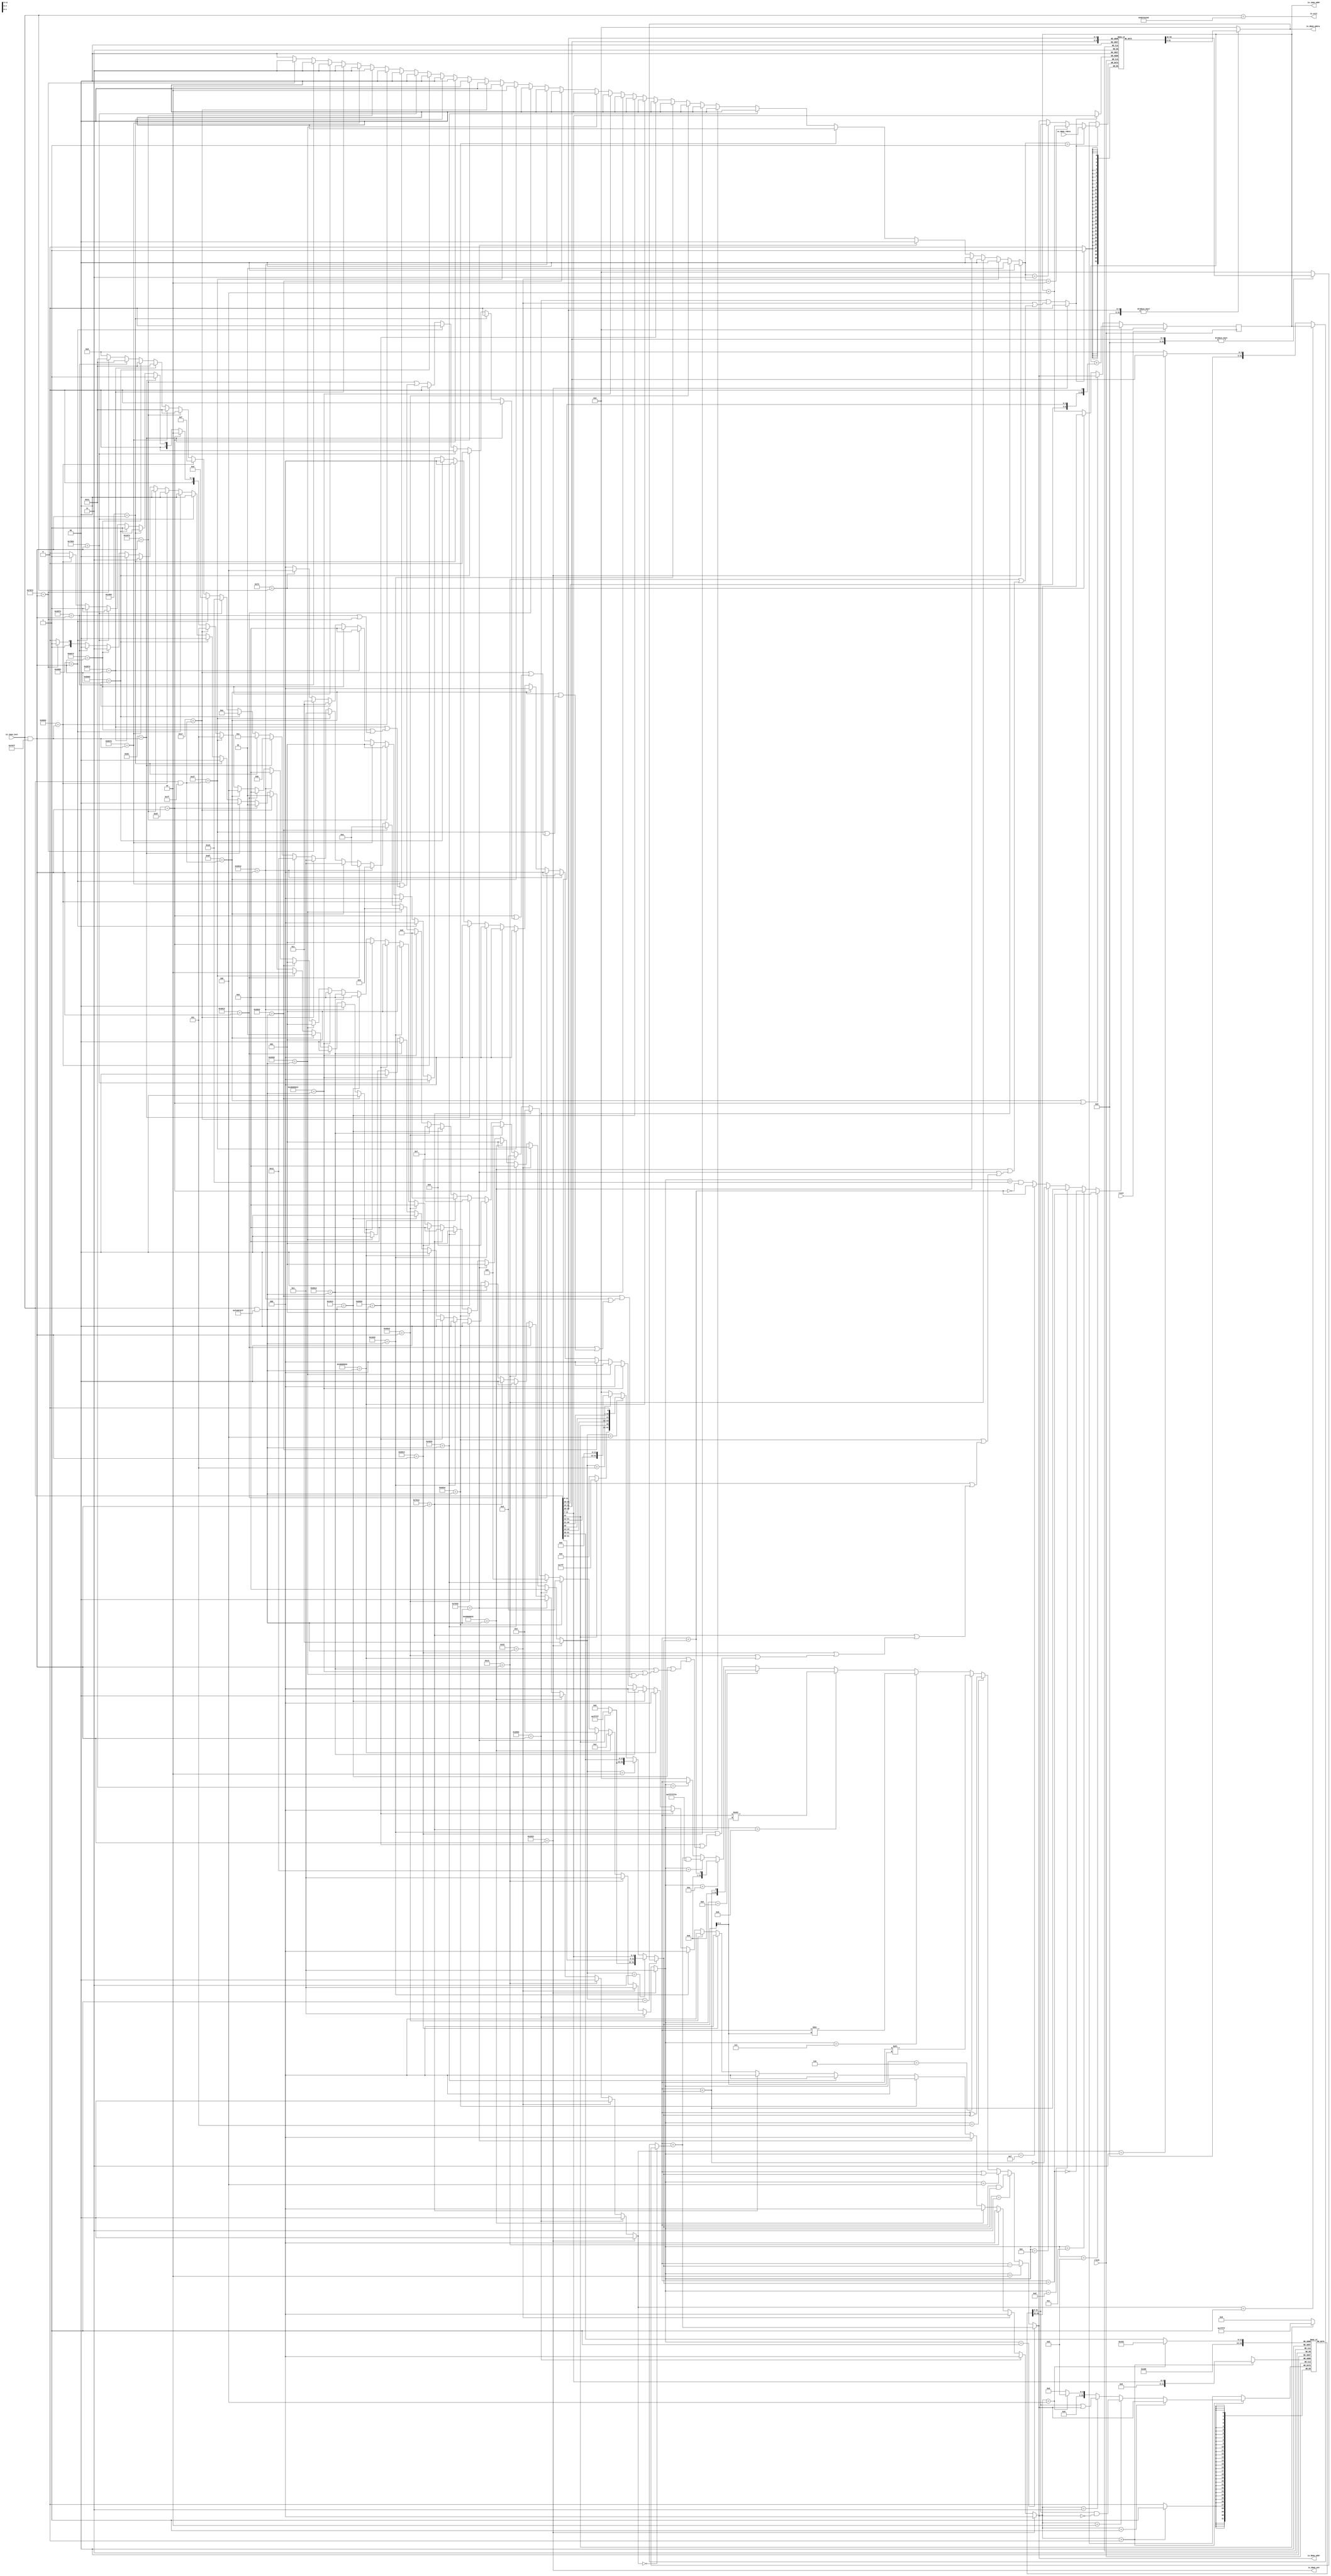
module Core(
  input         clock,
  input         reset,
  output [31:0] io_dmem_addr,
  input  [31:0] io_dmem_rdata,
  output        io_dmem_wen,
  output [31:0] io_dmem_wdata,
  output [31:0] io_imem_addr,
  input  [31:0] io_imem_inst,
  output        io_exit
);
`ifdef RANDOMIZE_MEM_INIT
  reg [31:0] _RAND_0;
  reg [31:0] _RAND_1;
`endif // RANDOMIZE_MEM_INIT
`ifdef RANDOMIZE_REG_INIT
  reg [31:0] _RAND_2;
`endif // RANDOMIZE_REG_INIT
  reg [31:0] regfile [0:31]; // @[Core.scala 15:22]
  wire  regfile_rs1_data_MPORT_en; // @[Core.scala 15:22]
  wire [4:0] regfile_rs1_data_MPORT_addr; // @[Core.scala 15:22]
  wire [31:0] regfile_rs1_data_MPORT_data; // @[Core.scala 15:22]
  wire  regfile_rs2_data_MPORT_en; // @[Core.scala 15:22]
  wire [4:0] regfile_rs2_data_MPORT_addr; // @[Core.scala 15:22]
  wire [31:0] regfile_rs2_data_MPORT_data; // @[Core.scala 15:22]
  wire [31:0] regfile_MPORT_1_data; // @[Core.scala 15:22]
  wire [4:0] regfile_MPORT_1_addr; // @[Core.scala 15:22]
  wire  regfile_MPORT_1_mask; // @[Core.scala 15:22]
  wire  regfile_MPORT_1_en; // @[Core.scala 15:22]
  reg [31:0] csrfile [0:4095]; // @[Core.scala 16:22]
  wire  csrfile_pc_next_MPORT_en; // @[Core.scala 16:22]
  wire [11:0] csrfile_pc_next_MPORT_addr; // @[Core.scala 16:22]
  wire [31:0] csrfile_pc_next_MPORT_data; // @[Core.scala 16:22]
  wire  csrfile_csr_rdata_en; // @[Core.scala 16:22]
  wire [11:0] csrfile_csr_rdata_addr; // @[Core.scala 16:22]
  wire [31:0] csrfile_csr_rdata_data; // @[Core.scala 16:22]
  wire [31:0] csrfile_MPORT_data; // @[Core.scala 16:22]
  wire [11:0] csrfile_MPORT_addr; // @[Core.scala 16:22]
  wire  csrfile_MPORT_mask; // @[Core.scala 16:22]
  wire  csrfile_MPORT_en; // @[Core.scala 16:22]
  reg [31:0] pc_reg; // @[Core.scala 19:25]
  wire [31:0] _pc_next_T_1 = pc_reg + 32'h4; // @[Core.scala 31:33]
  wire [31:0] _pc_next_T_2 = io_imem_inst & 32'h7f; // @[Core.scala 34:15]
  wire  _pc_next_T_3 = 32'h6f == _pc_next_T_2; // @[Core.scala 34:15]
  wire [31:0] _pc_next_T_4 = io_imem_inst & 32'h707f; // @[Core.scala 34:29]
  wire  _pc_next_T_5 = 32'h67 == _pc_next_T_4; // @[Core.scala 34:29]
  wire  _pc_next_T_6 = 32'h6f == _pc_next_T_2 | 32'h67 == _pc_next_T_4; // @[Core.scala 34:22]
  wire  _pc_next_T_8 = 32'h73 == io_imem_inst; // @[Core.scala 35:15]
  wire  csignals_3 = 32'h2023 == _pc_next_T_4; // @[Lookup.scala 31:38]
  wire  _csignals_T_3 = 32'h2003 == _pc_next_T_4; // @[Lookup.scala 31:38]
  wire [31:0] _csignals_T_4 = io_imem_inst & 32'hfe00707f; // @[Lookup.scala 31:38]
  wire  _csignals_T_5 = 32'h33 == _csignals_T_4; // @[Lookup.scala 31:38]
  wire  _csignals_T_7 = 32'h13 == _pc_next_T_4; // @[Lookup.scala 31:38]
  wire  _csignals_T_9 = 32'h40000033 == _csignals_T_4; // @[Lookup.scala 31:38]
  wire  _csignals_T_11 = 32'h7033 == _csignals_T_4; // @[Lookup.scala 31:38]
  wire  _csignals_T_13 = 32'h6033 == _csignals_T_4; // @[Lookup.scala 31:38]
  wire  _csignals_T_15 = 32'h4033 == _csignals_T_4; // @[Lookup.scala 31:38]
  wire  _csignals_T_17 = 32'h7013 == _pc_next_T_4; // @[Lookup.scala 31:38]
  wire  _csignals_T_19 = 32'h6013 == _pc_next_T_4; // @[Lookup.scala 31:38]
  wire  _csignals_T_21 = 32'h4013 == _pc_next_T_4; // @[Lookup.scala 31:38]
  wire  _csignals_T_23 = 32'h1033 == _csignals_T_4; // @[Lookup.scala 31:38]
  wire  _csignals_T_25 = 32'h5033 == _csignals_T_4; // @[Lookup.scala 31:38]
  wire  _csignals_T_27 = 32'h40005033 == _csignals_T_4; // @[Lookup.scala 31:38]
  wire  _csignals_T_29 = 32'h1013 == _csignals_T_4; // @[Lookup.scala 31:38]
  wire  _csignals_T_31 = 32'h5013 == _csignals_T_4; // @[Lookup.scala 31:38]
  wire  _csignals_T_33 = 32'h40005013 == _csignals_T_4; // @[Lookup.scala 31:38]
  wire  _csignals_T_35 = 32'h2033 == _csignals_T_4; // @[Lookup.scala 31:38]
  wire  _csignals_T_37 = 32'h3033 == _csignals_T_4; // @[Lookup.scala 31:38]
  wire  _csignals_T_39 = 32'h2013 == _pc_next_T_4; // @[Lookup.scala 31:38]
  wire  _csignals_T_41 = 32'h3013 == _pc_next_T_4; // @[Lookup.scala 31:38]
  wire  _csignals_T_45 = 32'h37 == _pc_next_T_2; // @[Lookup.scala 31:38]
  wire  _csignals_T_47 = 32'h17 == _pc_next_T_2; // @[Lookup.scala 31:38]
  wire  _csignals_T_51 = 32'h63 == _pc_next_T_4; // @[Lookup.scala 31:38]
  wire  _csignals_T_53 = 32'h1063 == _pc_next_T_4; // @[Lookup.scala 31:38]
  wire  _csignals_T_55 = 32'h5063 == _pc_next_T_4; // @[Lookup.scala 31:38]
  wire  _csignals_T_57 = 32'h7063 == _pc_next_T_4; // @[Lookup.scala 31:38]
  wire  _csignals_T_59 = 32'h4063 == _pc_next_T_4; // @[Lookup.scala 31:38]
  wire  _csignals_T_61 = 32'h6063 == _pc_next_T_4; // @[Lookup.scala 31:38]
  wire  _csignals_T_63 = 32'h1073 == _pc_next_T_4; // @[Lookup.scala 31:38]
  wire  _csignals_T_65 = 32'h5073 == _pc_next_T_4; // @[Lookup.scala 31:38]
  wire  _csignals_T_67 = 32'h2073 == _pc_next_T_4; // @[Lookup.scala 31:38]
  wire  _csignals_T_69 = 32'h6073 == _pc_next_T_4; // @[Lookup.scala 31:38]
  wire  _csignals_T_71 = 32'h3073 == _pc_next_T_4; // @[Lookup.scala 31:38]
  wire  _csignals_T_73 = 32'h7073 == _pc_next_T_4; // @[Lookup.scala 31:38]
  wire [4:0] _csignals_T_77 = _csignals_T_73 ? 5'h12 : 5'h0; // @[Lookup.scala 34:39]
  wire [4:0] _csignals_T_78 = _csignals_T_71 ? 5'h12 : _csignals_T_77; // @[Lookup.scala 34:39]
  wire [4:0] _csignals_T_79 = _csignals_T_69 ? 5'h12 : _csignals_T_78; // @[Lookup.scala 34:39]
  wire [4:0] _csignals_T_80 = _csignals_T_67 ? 5'h12 : _csignals_T_79; // @[Lookup.scala 34:39]
  wire [4:0] _csignals_T_81 = _csignals_T_65 ? 5'h12 : _csignals_T_80; // @[Lookup.scala 34:39]
  wire [4:0] _csignals_T_82 = _csignals_T_63 ? 5'h12 : _csignals_T_81; // @[Lookup.scala 34:39]
  wire [4:0] _csignals_T_83 = _csignals_T_61 ? 5'hf : _csignals_T_82; // @[Lookup.scala 34:39]
  wire [4:0] _csignals_T_84 = _csignals_T_59 ? 5'hd : _csignals_T_83; // @[Lookup.scala 34:39]
  wire [4:0] _csignals_T_85 = _csignals_T_57 ? 5'h10 : _csignals_T_84; // @[Lookup.scala 34:39]
  wire [4:0] _csignals_T_86 = _csignals_T_55 ? 5'he : _csignals_T_85; // @[Lookup.scala 34:39]
  wire [4:0] _csignals_T_87 = _csignals_T_53 ? 5'hc : _csignals_T_86; // @[Lookup.scala 34:39]
  wire [4:0] _csignals_T_88 = _csignals_T_51 ? 5'hb : _csignals_T_87; // @[Lookup.scala 34:39]
  wire [4:0] _csignals_T_89 = _pc_next_T_5 ? 5'h11 : _csignals_T_88; // @[Lookup.scala 34:39]
  wire [4:0] _csignals_T_90 = _csignals_T_47 ? 5'h1 : _csignals_T_89; // @[Lookup.scala 34:39]
  wire [4:0] _csignals_T_91 = _csignals_T_45 ? 5'h1 : _csignals_T_90; // @[Lookup.scala 34:39]
  wire [4:0] _csignals_T_92 = _pc_next_T_3 ? 5'h1 : _csignals_T_91; // @[Lookup.scala 34:39]
  wire [4:0] _csignals_T_93 = _csignals_T_41 ? 5'ha : _csignals_T_92; // @[Lookup.scala 34:39]
  wire [4:0] _csignals_T_94 = _csignals_T_39 ? 5'h9 : _csignals_T_93; // @[Lookup.scala 34:39]
  wire [4:0] _csignals_T_95 = _csignals_T_37 ? 5'ha : _csignals_T_94; // @[Lookup.scala 34:39]
  wire [4:0] _csignals_T_96 = _csignals_T_35 ? 5'h9 : _csignals_T_95; // @[Lookup.scala 34:39]
  wire [4:0] _csignals_T_97 = _csignals_T_33 ? 5'h8 : _csignals_T_96; // @[Lookup.scala 34:39]
  wire [4:0] _csignals_T_98 = _csignals_T_31 ? 5'h7 : _csignals_T_97; // @[Lookup.scala 34:39]
  wire [4:0] _csignals_T_99 = _csignals_T_29 ? 5'h6 : _csignals_T_98; // @[Lookup.scala 34:39]
  wire [4:0] _csignals_T_100 = _csignals_T_27 ? 5'h8 : _csignals_T_99; // @[Lookup.scala 34:39]
  wire [4:0] _csignals_T_101 = _csignals_T_25 ? 5'h7 : _csignals_T_100; // @[Lookup.scala 34:39]
  wire [4:0] _csignals_T_102 = _csignals_T_23 ? 5'h6 : _csignals_T_101; // @[Lookup.scala 34:39]
  wire [4:0] _csignals_T_103 = _csignals_T_21 ? 5'h5 : _csignals_T_102; // @[Lookup.scala 34:39]
  wire [4:0] _csignals_T_104 = _csignals_T_19 ? 5'h4 : _csignals_T_103; // @[Lookup.scala 34:39]
  wire [4:0] _csignals_T_105 = _csignals_T_17 ? 5'h3 : _csignals_T_104; // @[Lookup.scala 34:39]
  wire [4:0] _csignals_T_106 = _csignals_T_15 ? 5'h5 : _csignals_T_105; // @[Lookup.scala 34:39]
  wire [4:0] _csignals_T_107 = _csignals_T_13 ? 5'h4 : _csignals_T_106; // @[Lookup.scala 34:39]
  wire [4:0] _csignals_T_108 = _csignals_T_11 ? 5'h3 : _csignals_T_107; // @[Lookup.scala 34:39]
  wire [4:0] _csignals_T_109 = _csignals_T_9 ? 5'h2 : _csignals_T_108; // @[Lookup.scala 34:39]
  wire [4:0] _csignals_T_110 = _csignals_T_7 ? 5'h1 : _csignals_T_109; // @[Lookup.scala 34:39]
  wire [4:0] _csignals_T_111 = _csignals_T_5 ? 5'h1 : _csignals_T_110; // @[Lookup.scala 34:39]
  wire [4:0] _csignals_T_112 = _csignals_T_3 ? 5'h1 : _csignals_T_111; // @[Lookup.scala 34:39]
  wire [4:0] csignals_0 = csignals_3 ? 5'h1 : _csignals_T_112; // @[Lookup.scala 34:39]
  wire  _alu_out_T = csignals_0 == 5'h1; // @[Core.scala 136:22]
  wire [1:0] _csignals_T_114 = _csignals_T_73 ? 2'h3 : 2'h2; // @[Lookup.scala 34:39]
  wire [1:0] _csignals_T_115 = _csignals_T_71 ? 2'h0 : _csignals_T_114; // @[Lookup.scala 34:39]
  wire [1:0] _csignals_T_116 = _csignals_T_69 ? 2'h3 : _csignals_T_115; // @[Lookup.scala 34:39]
  wire [1:0] _csignals_T_117 = _csignals_T_67 ? 2'h0 : _csignals_T_116; // @[Lookup.scala 34:39]
  wire [1:0] _csignals_T_118 = _csignals_T_65 ? 2'h3 : _csignals_T_117; // @[Lookup.scala 34:39]
  wire [1:0] _csignals_T_119 = _csignals_T_63 ? 2'h0 : _csignals_T_118; // @[Lookup.scala 34:39]
  wire [1:0] _csignals_T_120 = _csignals_T_61 ? 2'h0 : _csignals_T_119; // @[Lookup.scala 34:39]
  wire [1:0] _csignals_T_121 = _csignals_T_59 ? 2'h0 : _csignals_T_120; // @[Lookup.scala 34:39]
  wire [1:0] _csignals_T_122 = _csignals_T_57 ? 2'h0 : _csignals_T_121; // @[Lookup.scala 34:39]
  wire [1:0] _csignals_T_123 = _csignals_T_55 ? 2'h0 : _csignals_T_122; // @[Lookup.scala 34:39]
  wire [1:0] _csignals_T_124 = _csignals_T_53 ? 2'h0 : _csignals_T_123; // @[Lookup.scala 34:39]
  wire [1:0] _csignals_T_125 = _csignals_T_51 ? 2'h0 : _csignals_T_124; // @[Lookup.scala 34:39]
  wire [1:0] _csignals_T_126 = _pc_next_T_5 ? 2'h1 : _csignals_T_125; // @[Lookup.scala 34:39]
  wire [1:0] _csignals_T_127 = _csignals_T_47 ? 2'h1 : _csignals_T_126; // @[Lookup.scala 34:39]
  wire [1:0] _csignals_T_128 = _csignals_T_45 ? 2'h2 : _csignals_T_127; // @[Lookup.scala 34:39]
  wire [1:0] _csignals_T_129 = _pc_next_T_3 ? 2'h1 : _csignals_T_128; // @[Lookup.scala 34:39]
  wire [1:0] _csignals_T_130 = _csignals_T_41 ? 2'h0 : _csignals_T_129; // @[Lookup.scala 34:39]
  wire [1:0] _csignals_T_131 = _csignals_T_39 ? 2'h0 : _csignals_T_130; // @[Lookup.scala 34:39]
  wire [1:0] _csignals_T_132 = _csignals_T_37 ? 2'h0 : _csignals_T_131; // @[Lookup.scala 34:39]
  wire [1:0] _csignals_T_133 = _csignals_T_35 ? 2'h0 : _csignals_T_132; // @[Lookup.scala 34:39]
  wire [1:0] _csignals_T_134 = _csignals_T_33 ? 2'h0 : _csignals_T_133; // @[Lookup.scala 34:39]
  wire [1:0] _csignals_T_135 = _csignals_T_31 ? 2'h0 : _csignals_T_134; // @[Lookup.scala 34:39]
  wire [1:0] _csignals_T_136 = _csignals_T_29 ? 2'h0 : _csignals_T_135; // @[Lookup.scala 34:39]
  wire [1:0] _csignals_T_137 = _csignals_T_27 ? 2'h0 : _csignals_T_136; // @[Lookup.scala 34:39]
  wire [1:0] _csignals_T_138 = _csignals_T_25 ? 2'h0 : _csignals_T_137; // @[Lookup.scala 34:39]
  wire [1:0] _csignals_T_139 = _csignals_T_23 ? 2'h0 : _csignals_T_138; // @[Lookup.scala 34:39]
  wire [1:0] _csignals_T_140 = _csignals_T_21 ? 2'h0 : _csignals_T_139; // @[Lookup.scala 34:39]
  wire [1:0] _csignals_T_141 = _csignals_T_19 ? 2'h0 : _csignals_T_140; // @[Lookup.scala 34:39]
  wire [1:0] _csignals_T_142 = _csignals_T_17 ? 2'h0 : _csignals_T_141; // @[Lookup.scala 34:39]
  wire [1:0] _csignals_T_143 = _csignals_T_15 ? 2'h0 : _csignals_T_142; // @[Lookup.scala 34:39]
  wire [1:0] _csignals_T_144 = _csignals_T_13 ? 2'h0 : _csignals_T_143; // @[Lookup.scala 34:39]
  wire [1:0] _csignals_T_145 = _csignals_T_11 ? 2'h0 : _csignals_T_144; // @[Lookup.scala 34:39]
  wire [1:0] _csignals_T_146 = _csignals_T_9 ? 2'h0 : _csignals_T_145; // @[Lookup.scala 34:39]
  wire [1:0] _csignals_T_147 = _csignals_T_7 ? 2'h0 : _csignals_T_146; // @[Lookup.scala 34:39]
  wire [1:0] _csignals_T_148 = _csignals_T_5 ? 2'h0 : _csignals_T_147; // @[Lookup.scala 34:39]
  wire [1:0] _csignals_T_149 = _csignals_T_3 ? 2'h0 : _csignals_T_148; // @[Lookup.scala 34:39]
  wire [1:0] csignals_1 = csignals_3 ? 2'h0 : _csignals_T_149; // @[Lookup.scala 34:39]
  wire  _op1_data_T = csignals_1 == 2'h0; // @[Core.scala 116:18]
  wire [4:0] rs1_addr = io_imem_inst[19:15]; // @[Core.scala 44:24]
  wire [31:0] _GEN_10 = {{27'd0}, rs1_addr}; // @[Core.scala 46:34]
  wire [31:0] rs1_data = _GEN_10 != 32'h0 ? regfile_rs1_data_MPORT_data : 32'h0; // @[Core.scala 46:23]
  wire  _op1_data_T_1 = csignals_1 == 2'h1; // @[Core.scala 117:18]
  wire  _op1_data_T_2 = csignals_1 == 2'h3; // @[Core.scala 118:18]
  wire [31:0] imm_z_sext = {27'h0,rs1_addr}; // @[Cat.scala 31:58]
  wire [31:0] _op1_data_T_3 = _op1_data_T_2 ? imm_z_sext : 32'h0; // @[Mux.scala 101:16]
  wire [31:0] _op1_data_T_4 = _op1_data_T_1 ? pc_reg : _op1_data_T_3; // @[Mux.scala 101:16]
  wire [31:0] op1_data = _op1_data_T ? rs1_data : _op1_data_T_4; // @[Mux.scala 101:16]
  wire [2:0] _csignals_T_157 = _csignals_T_61 ? 3'h1 : 3'h0; // @[Lookup.scala 34:39]
  wire [2:0] _csignals_T_158 = _csignals_T_59 ? 3'h1 : _csignals_T_157; // @[Lookup.scala 34:39]
  wire [2:0] _csignals_T_159 = _csignals_T_57 ? 3'h1 : _csignals_T_158; // @[Lookup.scala 34:39]
  wire [2:0] _csignals_T_160 = _csignals_T_55 ? 3'h1 : _csignals_T_159; // @[Lookup.scala 34:39]
  wire [2:0] _csignals_T_161 = _csignals_T_53 ? 3'h1 : _csignals_T_160; // @[Lookup.scala 34:39]
  wire [2:0] _csignals_T_162 = _csignals_T_51 ? 3'h1 : _csignals_T_161; // @[Lookup.scala 34:39]
  wire [2:0] _csignals_T_163 = _pc_next_T_5 ? 3'h2 : _csignals_T_162; // @[Lookup.scala 34:39]
  wire [2:0] _csignals_T_164 = _csignals_T_47 ? 3'h5 : _csignals_T_163; // @[Lookup.scala 34:39]
  wire [2:0] _csignals_T_165 = _csignals_T_45 ? 3'h5 : _csignals_T_164; // @[Lookup.scala 34:39]
  wire [2:0] _csignals_T_166 = _pc_next_T_3 ? 3'h4 : _csignals_T_165; // @[Lookup.scala 34:39]
  wire [2:0] _csignals_T_167 = _csignals_T_41 ? 3'h2 : _csignals_T_166; // @[Lookup.scala 34:39]
  wire [2:0] _csignals_T_168 = _csignals_T_39 ? 3'h2 : _csignals_T_167; // @[Lookup.scala 34:39]
  wire [2:0] _csignals_T_169 = _csignals_T_37 ? 3'h1 : _csignals_T_168; // @[Lookup.scala 34:39]
  wire [2:0] _csignals_T_170 = _csignals_T_35 ? 3'h1 : _csignals_T_169; // @[Lookup.scala 34:39]
  wire [2:0] _csignals_T_171 = _csignals_T_33 ? 3'h2 : _csignals_T_170; // @[Lookup.scala 34:39]
  wire [2:0] _csignals_T_172 = _csignals_T_31 ? 3'h2 : _csignals_T_171; // @[Lookup.scala 34:39]
  wire [2:0] _csignals_T_173 = _csignals_T_29 ? 3'h2 : _csignals_T_172; // @[Lookup.scala 34:39]
  wire [2:0] _csignals_T_174 = _csignals_T_27 ? 3'h1 : _csignals_T_173; // @[Lookup.scala 34:39]
  wire [2:0] _csignals_T_175 = _csignals_T_25 ? 3'h1 : _csignals_T_174; // @[Lookup.scala 34:39]
  wire [2:0] _csignals_T_176 = _csignals_T_23 ? 3'h1 : _csignals_T_175; // @[Lookup.scala 34:39]
  wire [2:0] _csignals_T_177 = _csignals_T_21 ? 3'h2 : _csignals_T_176; // @[Lookup.scala 34:39]
  wire [2:0] _csignals_T_178 = _csignals_T_19 ? 3'h2 : _csignals_T_177; // @[Lookup.scala 34:39]
  wire [2:0] _csignals_T_179 = _csignals_T_17 ? 3'h2 : _csignals_T_178; // @[Lookup.scala 34:39]
  wire [2:0] _csignals_T_180 = _csignals_T_15 ? 3'h1 : _csignals_T_179; // @[Lookup.scala 34:39]
  wire [2:0] _csignals_T_181 = _csignals_T_13 ? 3'h1 : _csignals_T_180; // @[Lookup.scala 34:39]
  wire [2:0] _csignals_T_182 = _csignals_T_11 ? 3'h1 : _csignals_T_181; // @[Lookup.scala 34:39]
  wire [2:0] _csignals_T_183 = _csignals_T_9 ? 3'h1 : _csignals_T_182; // @[Lookup.scala 34:39]
  wire [2:0] _csignals_T_184 = _csignals_T_7 ? 3'h2 : _csignals_T_183; // @[Lookup.scala 34:39]
  wire [2:0] _csignals_T_185 = _csignals_T_5 ? 3'h1 : _csignals_T_184; // @[Lookup.scala 34:39]
  wire [2:0] _csignals_T_186 = _csignals_T_3 ? 3'h2 : _csignals_T_185; // @[Lookup.scala 34:39]
  wire [2:0] csignals_2 = csignals_3 ? 3'h3 : _csignals_T_186; // @[Lookup.scala 34:39]
  wire  _op2_data_T = csignals_2 == 3'h1; // @[Core.scala 124:22]
  wire [4:0] rs2_addr = io_imem_inst[24:20]; // @[Core.scala 45:24]
  wire [31:0] _GEN_11 = {{27'd0}, rs2_addr}; // @[Core.scala 47:34]
  wire [31:0] rs2_data = _GEN_11 != 32'h0 ? regfile_rs2_data_MPORT_data : 32'h0; // @[Core.scala 47:23]
  wire  _op2_data_T_1 = csignals_2 == 3'h3; // @[Core.scala 125:22]
  wire [11:0] imm_s = {io_imem_inst[31:25],io_imem_inst[11:7]}; // @[Cat.scala 31:58]
  wire [19:0] _imm_s_sext_T_2 = imm_s[11] ? 20'hfffff : 20'h0; // @[Bitwise.scala 74:12]
  wire [31:0] imm_s_sext = {_imm_s_sext_T_2,io_imem_inst[31:25],io_imem_inst[11:7]}; // @[Cat.scala 31:58]
  wire  _op2_data_T_2 = csignals_2 == 3'h2; // @[Core.scala 126:22]
  wire [11:0] imm_i = io_imem_inst[31:20]; // @[Core.scala 50:21]
  wire [19:0] _imm_i_sext_T_2 = imm_i[11] ? 20'hfffff : 20'h0; // @[Bitwise.scala 74:12]
  wire [31:0] imm_i_sext = {_imm_i_sext_T_2,imm_i}; // @[Cat.scala 31:58]
  wire  _op2_data_T_3 = csignals_2 == 3'h4; // @[Core.scala 127:22]
  wire [19:0] imm_j = {io_imem_inst[31],io_imem_inst[19:12],io_imem_inst[20],io_imem_inst[30:21]}; // @[Cat.scala 31:58]
  wire [10:0] _imm_j_sext_T_2 = imm_j[19] ? 11'h7ff : 11'h0; // @[Bitwise.scala 74:12]
  wire [31:0] imm_j_sext = {_imm_j_sext_T_2,io_imem_inst[31],io_imem_inst[19:12],io_imem_inst[20],io_imem_inst[30:21],1'h0
    }; // @[Cat.scala 31:58]
  wire  _op2_data_T_4 = csignals_2 == 3'h5; // @[Core.scala 128:22]
  wire [19:0] imm_u = io_imem_inst[31:12]; // @[Core.scala 55:25]
  wire [31:0] imm_u_sext = {imm_u,12'h0}; // @[Cat.scala 31:58]
  wire [31:0] _op2_data_T_5 = _op2_data_T_4 ? imm_u_sext : 32'h0; // @[Mux.scala 101:16]
  wire [31:0] _op2_data_T_6 = _op2_data_T_3 ? imm_j_sext : _op2_data_T_5; // @[Mux.scala 101:16]
  wire [31:0] _op2_data_T_7 = _op2_data_T_2 ? imm_i_sext : _op2_data_T_6; // @[Mux.scala 101:16]
  wire [31:0] _op2_data_T_8 = _op2_data_T_1 ? imm_s_sext : _op2_data_T_7; // @[Mux.scala 101:16]
  wire [31:0] op2_data = _op2_data_T ? rs2_data : _op2_data_T_8; // @[Mux.scala 101:16]
  wire [31:0] _alu_out_T_2 = op1_data + op2_data; // @[Core.scala 136:48]
  wire  _alu_out_T_3 = csignals_0 == 5'h2; // @[Core.scala 137:22]
  wire [31:0] _alu_out_T_5 = op1_data - op2_data; // @[Core.scala 137:48]
  wire  _alu_out_T_6 = csignals_0 == 5'h3; // @[Core.scala 138:22]
  wire [31:0] _alu_out_T_7 = op1_data & op2_data; // @[Core.scala 138:48]
  wire  _alu_out_T_8 = csignals_0 == 5'h4; // @[Core.scala 139:22]
  wire [31:0] _alu_out_T_9 = op1_data | op2_data; // @[Core.scala 139:48]
  wire  _alu_out_T_10 = csignals_0 == 5'h5; // @[Core.scala 140:22]
  wire [31:0] _alu_out_T_11 = op1_data ^ op2_data; // @[Core.scala 140:48]
  wire  _alu_out_T_12 = csignals_0 == 5'h6; // @[Core.scala 141:22]
  wire [62:0] _GEN_0 = {{31'd0}, op1_data}; // @[Core.scala 141:48]
  wire [62:0] _alu_out_T_14 = _GEN_0 << op2_data[4:0]; // @[Core.scala 141:48]
  wire  _alu_out_T_16 = csignals_0 == 5'h7; // @[Core.scala 142:22]
  wire [31:0] _alu_out_T_18 = op1_data >> op2_data[4:0]; // @[Core.scala 142:48]
  wire  _alu_out_T_19 = csignals_0 == 5'h8; // @[Core.scala 143:22]
  wire [31:0] _alu_out_T_20 = _op1_data_T ? rs1_data : _op1_data_T_4; // @[Core.scala 143:54]
  wire [31:0] _alu_out_T_23 = $signed(_alu_out_T_20) >>> op2_data[4:0]; // @[Core.scala 143:82]
  wire  _alu_out_T_24 = csignals_0 == 5'h9; // @[Core.scala 144:22]
  wire [31:0] _alu_out_T_26 = _op2_data_T ? rs2_data : _op2_data_T_8; // @[Core.scala 144:74]
  wire  _alu_out_T_27 = $signed(_alu_out_T_20) < $signed(_alu_out_T_26); // @[Core.scala 144:57]
  wire  _alu_out_T_28 = csignals_0 == 5'ha; // @[Core.scala 145:22]
  wire  _alu_out_T_29 = op1_data < op2_data; // @[Core.scala 145:49]
  wire  _alu_out_T_30 = csignals_0 == 5'h11; // @[Core.scala 146:22]
  wire [31:0] _alu_out_T_33 = _alu_out_T_2 & 32'hfffffffe; // @[Core.scala 146:60]
  wire  _alu_out_T_34 = csignals_0 == 5'h12; // @[Core.scala 147:22]
  wire [31:0] _alu_out_T_35 = _alu_out_T_34 ? op1_data : 32'h0; // @[Mux.scala 101:16]
  wire [31:0] _alu_out_T_36 = _alu_out_T_30 ? _alu_out_T_33 : _alu_out_T_35; // @[Mux.scala 101:16]
  wire [31:0] _alu_out_T_37 = _alu_out_T_28 ? {{31'd0}, _alu_out_T_29} : _alu_out_T_36; // @[Mux.scala 101:16]
  wire [31:0] _alu_out_T_38 = _alu_out_T_24 ? {{31'd0}, _alu_out_T_27} : _alu_out_T_37; // @[Mux.scala 101:16]
  wire [31:0] _alu_out_T_39 = _alu_out_T_19 ? _alu_out_T_23 : _alu_out_T_38; // @[Mux.scala 101:16]
  wire [31:0] _alu_out_T_40 = _alu_out_T_16 ? _alu_out_T_18 : _alu_out_T_39; // @[Mux.scala 101:16]
  wire [31:0] _alu_out_T_41 = _alu_out_T_12 ? _alu_out_T_14[31:0] : _alu_out_T_40; // @[Mux.scala 101:16]
  wire [31:0] _alu_out_T_42 = _alu_out_T_10 ? _alu_out_T_11 : _alu_out_T_41; // @[Mux.scala 101:16]
  wire [31:0] _alu_out_T_43 = _alu_out_T_8 ? _alu_out_T_9 : _alu_out_T_42; // @[Mux.scala 101:16]
  wire [31:0] _alu_out_T_44 = _alu_out_T_6 ? _alu_out_T_7 : _alu_out_T_43; // @[Mux.scala 101:16]
  wire [31:0] _alu_out_T_45 = _alu_out_T_3 ? _alu_out_T_5 : _alu_out_T_44; // @[Mux.scala 101:16]
  wire [31:0] alu_out = _alu_out_T ? _alu_out_T_2 : _alu_out_T_45; // @[Mux.scala 101:16]
  wire  _br_flag_T = csignals_0 == 5'hb; // @[Core.scala 154:22]
  wire  _br_flag_T_1 = op1_data == op2_data; // @[Core.scala 154:49]
  wire  _br_flag_T_2 = csignals_0 == 5'hc; // @[Core.scala 155:22]
  wire  _br_flag_T_4 = ~_br_flag_T_1; // @[Core.scala 155:38]
  wire  _br_flag_T_5 = csignals_0 == 5'hd; // @[Core.scala 156:22]
  wire  _br_flag_T_9 = csignals_0 == 5'he; // @[Core.scala 157:22]
  wire  _br_flag_T_13 = ~_alu_out_T_27; // @[Core.scala 157:38]
  wire  _br_flag_T_14 = csignals_0 == 5'hf; // @[Core.scala 158:22]
  wire  _br_flag_T_16 = csignals_0 == 5'h10; // @[Core.scala 159:22]
  wire  _br_flag_T_18 = ~_alu_out_T_29; // @[Core.scala 159:38]
  wire  _br_flag_T_20 = _br_flag_T_14 ? _alu_out_T_29 : _br_flag_T_16 & _br_flag_T_18; // @[Mux.scala 101:16]
  wire  _br_flag_T_21 = _br_flag_T_9 ? _br_flag_T_13 : _br_flag_T_20; // @[Mux.scala 101:16]
  wire  _br_flag_T_22 = _br_flag_T_5 ? _alu_out_T_27 : _br_flag_T_21; // @[Mux.scala 101:16]
  wire  _br_flag_T_23 = _br_flag_T_2 ? _br_flag_T_4 : _br_flag_T_22; // @[Mux.scala 101:16]
  wire  br_flag = _br_flag_T ? _br_flag_T_1 : _br_flag_T_23; // @[Mux.scala 101:16]
  wire [11:0] imm_b = {io_imem_inst[31],io_imem_inst[7],io_imem_inst[30:25],io_imem_inst[11:8]}; // @[Cat.scala 31:58]
  wire [18:0] _imm_b_sext_T_2 = imm_b[11] ? 19'h7ffff : 19'h0; // @[Bitwise.scala 74:12]
  wire [31:0] imm_b_sext = {_imm_b_sext_T_2,io_imem_inst[31],io_imem_inst[7],io_imem_inst[30:25],io_imem_inst[11:8],1'h0
    }; // @[Cat.scala 31:58]
  wire [31:0] br_target = pc_reg + imm_b_sext; // @[Core.scala 161:25]
  wire  _csignals_T_231 = _csignals_T_61 ? 1'h0 : _csignals_T_63 | (_csignals_T_65 | (_csignals_T_67 | (_csignals_T_69
     | (_csignals_T_71 | _csignals_T_73)))); // @[Lookup.scala 34:39]
  wire  _csignals_T_232 = _csignals_T_59 ? 1'h0 : _csignals_T_231; // @[Lookup.scala 34:39]
  wire  _csignals_T_233 = _csignals_T_57 ? 1'h0 : _csignals_T_232; // @[Lookup.scala 34:39]
  wire  _csignals_T_234 = _csignals_T_55 ? 1'h0 : _csignals_T_233; // @[Lookup.scala 34:39]
  wire  _csignals_T_235 = _csignals_T_53 ? 1'h0 : _csignals_T_234; // @[Lookup.scala 34:39]
  wire  _csignals_T_236 = _csignals_T_51 ? 1'h0 : _csignals_T_235; // @[Lookup.scala 34:39]
  wire  _csignals_T_260 = _csignals_T_3 | (_csignals_T_5 | (_csignals_T_7 | (_csignals_T_9 | (_csignals_T_11 | (
    _csignals_T_13 | (_csignals_T_15 | (_csignals_T_17 | (_csignals_T_19 | (_csignals_T_21 | (_csignals_T_23 | (
    _csignals_T_25 | (_csignals_T_27 | (_csignals_T_29 | (_csignals_T_31 | (_csignals_T_33 | (_csignals_T_35 | (
    _csignals_T_37 | (_csignals_T_39 | (_csignals_T_41 | (_pc_next_T_3 | (_csignals_T_45 | (_csignals_T_47 | (
    _pc_next_T_5 | _csignals_T_236))))))))))))))))))))))); // @[Lookup.scala 34:39]
  wire [2:0] _csignals_T_262 = _csignals_T_73 ? 3'h3 : 3'h0; // @[Lookup.scala 34:39]
  wire [2:0] _csignals_T_263 = _csignals_T_71 ? 3'h3 : _csignals_T_262; // @[Lookup.scala 34:39]
  wire [2:0] _csignals_T_264 = _csignals_T_69 ? 3'h3 : _csignals_T_263; // @[Lookup.scala 34:39]
  wire [2:0] _csignals_T_265 = _csignals_T_67 ? 3'h3 : _csignals_T_264; // @[Lookup.scala 34:39]
  wire [2:0] _csignals_T_266 = _csignals_T_65 ? 3'h3 : _csignals_T_265; // @[Lookup.scala 34:39]
  wire [2:0] _csignals_T_267 = _csignals_T_63 ? 3'h3 : _csignals_T_266; // @[Lookup.scala 34:39]
  wire [2:0] _csignals_T_268 = _csignals_T_61 ? 3'h0 : _csignals_T_267; // @[Lookup.scala 34:39]
  wire [2:0] _csignals_T_269 = _csignals_T_59 ? 3'h0 : _csignals_T_268; // @[Lookup.scala 34:39]
  wire [2:0] _csignals_T_270 = _csignals_T_57 ? 3'h0 : _csignals_T_269; // @[Lookup.scala 34:39]
  wire [2:0] _csignals_T_271 = _csignals_T_55 ? 3'h0 : _csignals_T_270; // @[Lookup.scala 34:39]
  wire [2:0] _csignals_T_272 = _csignals_T_53 ? 3'h0 : _csignals_T_271; // @[Lookup.scala 34:39]
  wire [2:0] _csignals_T_273 = _csignals_T_51 ? 3'h0 : _csignals_T_272; // @[Lookup.scala 34:39]
  wire [2:0] _csignals_T_274 = _pc_next_T_5 ? 3'h2 : _csignals_T_273; // @[Lookup.scala 34:39]
  wire [2:0] _csignals_T_275 = _csignals_T_47 ? 3'h0 : _csignals_T_274; // @[Lookup.scala 34:39]
  wire [2:0] _csignals_T_276 = _csignals_T_45 ? 3'h0 : _csignals_T_275; // @[Lookup.scala 34:39]
  wire [2:0] _csignals_T_277 = _pc_next_T_3 ? 3'h2 : _csignals_T_276; // @[Lookup.scala 34:39]
  wire [2:0] _csignals_T_278 = _csignals_T_41 ? 3'h0 : _csignals_T_277; // @[Lookup.scala 34:39]
  wire [2:0] _csignals_T_279 = _csignals_T_39 ? 3'h0 : _csignals_T_278; // @[Lookup.scala 34:39]
  wire [2:0] _csignals_T_280 = _csignals_T_37 ? 3'h0 : _csignals_T_279; // @[Lookup.scala 34:39]
  wire [2:0] _csignals_T_281 = _csignals_T_35 ? 3'h0 : _csignals_T_280; // @[Lookup.scala 34:39]
  wire [2:0] _csignals_T_282 = _csignals_T_33 ? 3'h0 : _csignals_T_281; // @[Lookup.scala 34:39]
  wire [2:0] _csignals_T_283 = _csignals_T_31 ? 3'h0 : _csignals_T_282; // @[Lookup.scala 34:39]
  wire [2:0] _csignals_T_284 = _csignals_T_29 ? 3'h0 : _csignals_T_283; // @[Lookup.scala 34:39]
  wire [2:0] _csignals_T_285 = _csignals_T_27 ? 3'h0 : _csignals_T_284; // @[Lookup.scala 34:39]
  wire [2:0] _csignals_T_286 = _csignals_T_25 ? 3'h0 : _csignals_T_285; // @[Lookup.scala 34:39]
  wire [2:0] _csignals_T_287 = _csignals_T_23 ? 3'h0 : _csignals_T_286; // @[Lookup.scala 34:39]
  wire [2:0] _csignals_T_288 = _csignals_T_21 ? 3'h0 : _csignals_T_287; // @[Lookup.scala 34:39]
  wire [2:0] _csignals_T_289 = _csignals_T_19 ? 3'h0 : _csignals_T_288; // @[Lookup.scala 34:39]
  wire [2:0] _csignals_T_290 = _csignals_T_17 ? 3'h0 : _csignals_T_289; // @[Lookup.scala 34:39]
  wire [2:0] _csignals_T_291 = _csignals_T_15 ? 3'h0 : _csignals_T_290; // @[Lookup.scala 34:39]
  wire [2:0] _csignals_T_292 = _csignals_T_13 ? 3'h0 : _csignals_T_291; // @[Lookup.scala 34:39]
  wire [2:0] _csignals_T_293 = _csignals_T_11 ? 3'h0 : _csignals_T_292; // @[Lookup.scala 34:39]
  wire [2:0] _csignals_T_294 = _csignals_T_9 ? 3'h0 : _csignals_T_293; // @[Lookup.scala 34:39]
  wire [2:0] _csignals_T_295 = _csignals_T_7 ? 3'h0 : _csignals_T_294; // @[Lookup.scala 34:39]
  wire [2:0] _csignals_T_296 = _csignals_T_5 ? 3'h0 : _csignals_T_295; // @[Lookup.scala 34:39]
  wire [2:0] _csignals_T_297 = _csignals_T_3 ? 3'h1 : _csignals_T_296; // @[Lookup.scala 34:39]
  wire [2:0] csignals_5 = csignals_3 ? 3'h0 : _csignals_T_297; // @[Lookup.scala 34:39]
  wire [2:0] _csignals_T_298 = _pc_next_T_8 ? 3'h4 : 3'h0; // @[Lookup.scala 34:39]
  wire [2:0] _csignals_T_299 = _csignals_T_73 ? 3'h3 : _csignals_T_298; // @[Lookup.scala 34:39]
  wire [2:0] _csignals_T_300 = _csignals_T_71 ? 3'h3 : _csignals_T_299; // @[Lookup.scala 34:39]
  wire [2:0] _csignals_T_301 = _csignals_T_69 ? 3'h2 : _csignals_T_300; // @[Lookup.scala 34:39]
  wire [2:0] _csignals_T_302 = _csignals_T_67 ? 3'h2 : _csignals_T_301; // @[Lookup.scala 34:39]
  wire [2:0] _csignals_T_303 = _csignals_T_65 ? 3'h1 : _csignals_T_302; // @[Lookup.scala 34:39]
  wire [2:0] _csignals_T_304 = _csignals_T_63 ? 3'h1 : _csignals_T_303; // @[Lookup.scala 34:39]
  wire [2:0] _csignals_T_305 = _csignals_T_61 ? 3'h0 : _csignals_T_304; // @[Lookup.scala 34:39]
  wire [2:0] _csignals_T_306 = _csignals_T_59 ? 3'h0 : _csignals_T_305; // @[Lookup.scala 34:39]
  wire [2:0] _csignals_T_307 = _csignals_T_57 ? 3'h0 : _csignals_T_306; // @[Lookup.scala 34:39]
  wire [2:0] _csignals_T_308 = _csignals_T_55 ? 3'h0 : _csignals_T_307; // @[Lookup.scala 34:39]
  wire [2:0] _csignals_T_309 = _csignals_T_53 ? 3'h0 : _csignals_T_308; // @[Lookup.scala 34:39]
  wire [2:0] _csignals_T_310 = _csignals_T_51 ? 3'h0 : _csignals_T_309; // @[Lookup.scala 34:39]
  wire [2:0] _csignals_T_311 = _pc_next_T_5 ? 3'h0 : _csignals_T_310; // @[Lookup.scala 34:39]
  wire [2:0] _csignals_T_312 = _csignals_T_47 ? 3'h0 : _csignals_T_311; // @[Lookup.scala 34:39]
  wire [2:0] _csignals_T_313 = _csignals_T_45 ? 3'h0 : _csignals_T_312; // @[Lookup.scala 34:39]
  wire [2:0] _csignals_T_314 = _pc_next_T_3 ? 3'h0 : _csignals_T_313; // @[Lookup.scala 34:39]
  wire [2:0] _csignals_T_315 = _csignals_T_41 ? 3'h0 : _csignals_T_314; // @[Lookup.scala 34:39]
  wire [2:0] _csignals_T_316 = _csignals_T_39 ? 3'h0 : _csignals_T_315; // @[Lookup.scala 34:39]
  wire [2:0] _csignals_T_317 = _csignals_T_37 ? 3'h0 : _csignals_T_316; // @[Lookup.scala 34:39]
  wire [2:0] _csignals_T_318 = _csignals_T_35 ? 3'h0 : _csignals_T_317; // @[Lookup.scala 34:39]
  wire [2:0] _csignals_T_319 = _csignals_T_33 ? 3'h0 : _csignals_T_318; // @[Lookup.scala 34:39]
  wire [2:0] _csignals_T_320 = _csignals_T_31 ? 3'h0 : _csignals_T_319; // @[Lookup.scala 34:39]
  wire [2:0] _csignals_T_321 = _csignals_T_29 ? 3'h0 : _csignals_T_320; // @[Lookup.scala 34:39]
  wire [2:0] _csignals_T_322 = _csignals_T_27 ? 3'h0 : _csignals_T_321; // @[Lookup.scala 34:39]
  wire [2:0] _csignals_T_323 = _csignals_T_25 ? 3'h0 : _csignals_T_322; // @[Lookup.scala 34:39]
  wire [2:0] _csignals_T_324 = _csignals_T_23 ? 3'h0 : _csignals_T_323; // @[Lookup.scala 34:39]
  wire [2:0] _csignals_T_325 = _csignals_T_21 ? 3'h0 : _csignals_T_324; // @[Lookup.scala 34:39]
  wire [2:0] _csignals_T_326 = _csignals_T_19 ? 3'h0 : _csignals_T_325; // @[Lookup.scala 34:39]
  wire [2:0] _csignals_T_327 = _csignals_T_17 ? 3'h0 : _csignals_T_326; // @[Lookup.scala 34:39]
  wire [2:0] _csignals_T_328 = _csignals_T_15 ? 3'h0 : _csignals_T_327; // @[Lookup.scala 34:39]
  wire [2:0] _csignals_T_329 = _csignals_T_13 ? 3'h0 : _csignals_T_328; // @[Lookup.scala 34:39]
  wire [2:0] _csignals_T_330 = _csignals_T_11 ? 3'h0 : _csignals_T_329; // @[Lookup.scala 34:39]
  wire [2:0] _csignals_T_331 = _csignals_T_9 ? 3'h0 : _csignals_T_330; // @[Lookup.scala 34:39]
  wire [2:0] _csignals_T_332 = _csignals_T_7 ? 3'h0 : _csignals_T_331; // @[Lookup.scala 34:39]
  wire [2:0] _csignals_T_333 = _csignals_T_5 ? 3'h0 : _csignals_T_332; // @[Lookup.scala 34:39]
  wire [2:0] _csignals_T_334 = _csignals_T_3 ? 3'h0 : _csignals_T_333; // @[Lookup.scala 34:39]
  wire [2:0] csignals_6 = csignals_3 ? 3'h0 : _csignals_T_334; // @[Lookup.scala 34:39]
  wire  _csr_addr_T = csignals_6 == 3'h4; // @[Core.scala 167:32]
  wire  _csr_wdata_T = csignals_6 == 3'h1; // @[Core.scala 171:18]
  wire  _csr_wdata_T_1 = csignals_6 == 3'h2; // @[Core.scala 172:18]
  wire [31:0] _csr_wdata_T_2 = ~alu_out; // @[Core.scala 172:44]
  wire [31:0] _csr_wdata_T_3 = csrfile_csr_rdata_data & _csr_wdata_T_2; // @[Core.scala 172:42]
  wire  _csr_wdata_T_4 = csignals_6 == 3'h3; // @[Core.scala 173:18]
  wire [31:0] _csr_wdata_T_5 = csrfile_csr_rdata_data | alu_out; // @[Core.scala 173:42]
  wire [31:0] _csr_wdata_T_7 = _csr_addr_T ? 32'hb : 32'h0; // @[Mux.scala 101:16]
  wire [31:0] _csr_wdata_T_8 = _csr_wdata_T_4 ? _csr_wdata_T_5 : _csr_wdata_T_7; // @[Mux.scala 101:16]
  wire [31:0] _csr_wdata_T_9 = _csr_wdata_T_1 ? _csr_wdata_T_3 : _csr_wdata_T_8; // @[Mux.scala 101:16]
  wire  _wb_data_T = csignals_5 == 3'h1; // @[Core.scala 183:17]
  wire  _wb_data_T_1 = csignals_5 == 3'h2; // @[Core.scala 184:17]
  wire  _wb_data_T_4 = csignals_5 == 3'h3; // @[Core.scala 185:17]
  wire [31:0] _wb_data_T_5 = _wb_data_T_4 ? csrfile_csr_rdata_data : alu_out; // @[Mux.scala 101:16]
  wire [31:0] _wb_data_T_6 = _wb_data_T_1 ? _pc_next_T_1 : _wb_data_T_5; // @[Mux.scala 101:16]
  wire [31:0] wb_data = _wb_data_T ? io_dmem_rdata : _wb_data_T_6; // @[Mux.scala 101:16]
  wire  _T_3 = ~reset; // @[Core.scala 205:9]
  assign regfile_rs1_data_MPORT_en = 1'h1;
  assign regfile_rs1_data_MPORT_addr = io_imem_inst[19:15];
  assign regfile_rs1_data_MPORT_data = regfile[regfile_rs1_data_MPORT_addr]; // @[Core.scala 15:22]
  assign regfile_rs2_data_MPORT_en = 1'h1;
  assign regfile_rs2_data_MPORT_addr = io_imem_inst[24:20];
  assign regfile_rs2_data_MPORT_data = regfile[regfile_rs2_data_MPORT_addr]; // @[Core.scala 15:22]
  assign regfile_MPORT_1_data = _wb_data_T ? io_dmem_rdata : _wb_data_T_6;
  assign regfile_MPORT_1_addr = io_imem_inst[11:7];
  assign regfile_MPORT_1_mask = 1'h1;
  assign regfile_MPORT_1_en = csignals_3 ? 1'h0 : _csignals_T_260;
  assign csrfile_pc_next_MPORT_en = 1'h1;
  assign csrfile_pc_next_MPORT_addr = 12'h305;
  assign csrfile_pc_next_MPORT_data = csrfile[csrfile_pc_next_MPORT_addr]; // @[Core.scala 16:22]
  assign csrfile_csr_rdata_en = 1'h1;
  assign csrfile_csr_rdata_addr = _csr_addr_T ? 12'h342 : imm_i;
  assign csrfile_csr_rdata_data = csrfile[csrfile_csr_rdata_addr]; // @[Core.scala 16:22]
  assign csrfile_MPORT_data = _csr_wdata_T ? alu_out : _csr_wdata_T_9;
  assign csrfile_MPORT_addr = {{7'd0}, io_imem_inst[11:7]};
  assign csrfile_MPORT_mask = 1'h1;
  assign csrfile_MPORT_en = csignals_6 > 3'h0;
  assign io_dmem_addr = _alu_out_T ? _alu_out_T_2 : _alu_out_T_45; // @[Mux.scala 101:16]
  assign io_dmem_wen = 32'h2023 == _pc_next_T_4; // @[Lookup.scala 31:38]
  assign io_dmem_wdata = _GEN_11 != 32'h0 ? regfile_rs2_data_MPORT_data : 32'h0; // @[Core.scala 47:23]
  assign io_imem_addr = pc_reg; // @[Core.scala 27:18]
  assign io_exit = io_imem_inst == 32'h5872e24d; // @[Core.scala 40:22]
  always @(posedge clock) begin
    if (regfile_MPORT_1_en & regfile_MPORT_1_mask) begin
      regfile[regfile_MPORT_1_addr] <= regfile_MPORT_1_data; // @[Core.scala 15:22]
    end
    if (csrfile_MPORT_en & csrfile_MPORT_mask) begin
      csrfile[csrfile_MPORT_addr] <= csrfile_MPORT_data; // @[Core.scala 16:22]
    end
    if (reset) begin // @[Core.scala 19:25]
      pc_reg <= 32'h0; // @[Core.scala 19:25]
    end else if (br_flag) begin // @[Mux.scala 101:16]
      pc_reg <= br_target;
    end else if (_pc_next_T_6) begin // @[Mux.scala 101:16]
      if (_alu_out_T) begin // @[Mux.scala 101:16]
        pc_reg <= _alu_out_T_2;
      end else begin
        pc_reg <= _alu_out_T_45;
      end
    end else if (_pc_next_T_8) begin // @[Mux.scala 101:16]
      pc_reg <= csrfile_pc_next_MPORT_data;
    end else begin
      pc_reg <= _pc_next_T_1;
    end
    `ifndef SYNTHESIS
    `ifdef PRINTF_COND
      if (`PRINTF_COND) begin
    `endif
        if (~reset) begin
          $fwrite(32'h80000002,"pc_reg     : 0x%x\n",pc_reg); // @[Core.scala 205:9]
        end
    `ifdef PRINTF_COND
      end
    `endif
    `endif // SYNTHESIS
    `ifndef SYNTHESIS
    `ifdef PRINTF_COND
      if (`PRINTF_COND) begin
    `endif
        if (_T_3) begin
          $fwrite(32'h80000002,"inst       : 0x%x\n",io_imem_inst); // @[Core.scala 206:9]
        end
    `ifdef PRINTF_COND
      end
    `endif
    `endif // SYNTHESIS
    `ifndef SYNTHESIS
    `ifdef PRINTF_COND
      if (`PRINTF_COND) begin
    `endif
        if (_T_3) begin
          $fwrite(32'h80000002,"===LW===\n"); // @[Core.scala 207:9]
        end
    `ifdef PRINTF_COND
      end
    `endif
    `endif // SYNTHESIS
    `ifndef SYNTHESIS
    `ifdef PRINTF_COND
      if (`PRINTF_COND) begin
    `endif
        if (_T_3) begin
          $fwrite(32'h80000002,"rs1_addr (addr of regfile for \"mem addr\"): %d\t",rs1_addr); // @[Core.scala 208:9]
        end
    `ifdef PRINTF_COND
      end
    `endif
    `endif // SYNTHESIS
    `ifndef SYNTHESIS
    `ifdef PRINTF_COND
      if (`PRINTF_COND) begin
    `endif
        if (_T_3) begin
          $fwrite(32'h80000002,"rs1_data (\"addr for mem\"): 0x%x\n",rs1_data); // @[Core.scala 209:9]
        end
    `ifdef PRINTF_COND
      end
    `endif
    `endif // SYNTHESIS
    `ifndef SYNTHESIS
    `ifdef PRINTF_COND
      if (`PRINTF_COND) begin
    `endif
        if (_T_3) begin
          $fwrite(32'h80000002,"imm_i: %d\t",imm_i); // @[Core.scala 210:9]
        end
    `ifdef PRINTF_COND
      end
    `endif
    `endif // SYNTHESIS
    `ifndef SYNTHESIS
    `ifdef PRINTF_COND
      if (`PRINTF_COND) begin
    `endif
        if (_T_3) begin
          $fwrite(32'h80000002,"imm_i_sext: %d\n",imm_i_sext); // @[Core.scala 211:9]
        end
    `ifdef PRINTF_COND
      end
    `endif
    `endif // SYNTHESIS
    `ifndef SYNTHESIS
    `ifdef PRINTF_COND
      if (`PRINTF_COND) begin
    `endif
        if (_T_3) begin
          $fwrite(32'h80000002,"rd/wb_addr (addr of regfile for mem date)   : %d\n",io_imem_inst[11:7]); // @[Core.scala 212:9]
        end
    `ifdef PRINTF_COND
      end
    `endif
    `endif // SYNTHESIS
    `ifndef SYNTHESIS
    `ifdef PRINTF_COND
      if (`PRINTF_COND) begin
    `endif
        if (_T_3) begin
          $fwrite(32'h80000002," (load mem data)  : 0x%x\n",wb_data); // @[Core.scala 213:9]
        end
    `ifdef PRINTF_COND
      end
    `endif
    `endif // SYNTHESIS
    `ifndef SYNTHESIS
    `ifdef PRINTF_COND
      if (`PRINTF_COND) begin
    `endif
        if (_T_3) begin
          $fwrite(32'h80000002,"===SW===\n"); // @[Core.scala 215:9]
        end
    `ifdef PRINTF_COND
      end
    `endif
    `endif // SYNTHESIS
    `ifndef SYNTHESIS
    `ifdef PRINTF_COND
      if (`PRINTF_COND) begin
    `endif
        if (_T_3) begin
          $fwrite(32'h80000002,"save mem addr pointer (rs1_addr)   : %d\t",rs1_addr); // @[Core.scala 216:9]
        end
    `ifdef PRINTF_COND
      end
    `endif
    `endif // SYNTHESIS
    `ifndef SYNTHESIS
    `ifdef PRINTF_COND
      if (`PRINTF_COND) begin
    `endif
        if (_T_3) begin
          $fwrite(32'h80000002,"save mem addr (rs1_data): 0x%x\n",rs1_data); // @[Core.scala 217:9]
        end
    `ifdef PRINTF_COND
      end
    `endif
    `endif // SYNTHESIS
    `ifndef SYNTHESIS
    `ifdef PRINTF_COND
      if (`PRINTF_COND) begin
    `endif
        if (_T_3) begin
          $fwrite(32'h80000002,"imm_s  : %d\t",imm_s); // @[Core.scala 218:9]
        end
    `ifdef PRINTF_COND
      end
    `endif
    `endif // SYNTHESIS
    `ifndef SYNTHESIS
    `ifdef PRINTF_COND
      if (`PRINTF_COND) begin
    `endif
        if (_T_3) begin
          $fwrite(32'h80000002,"imm_s_sext  : %d\n",imm_s_sext); // @[Core.scala 219:9]
        end
    `ifdef PRINTF_COND
      end
    `endif
    `endif // SYNTHESIS
    `ifndef SYNTHESIS
    `ifdef PRINTF_COND
      if (`PRINTF_COND) begin
    `endif
        if (_T_3) begin
          $fwrite(32'h80000002,"save mem data ponter (rs2_addr)   : %d\t",rs2_addr); // @[Core.scala 220:9]
        end
    `ifdef PRINTF_COND
      end
    `endif
    `endif // SYNTHESIS
    `ifndef SYNTHESIS
    `ifdef PRINTF_COND
      if (`PRINTF_COND) begin
    `endif
        if (_T_3) begin
          $fwrite(32'h80000002,"save mem data (rs2_data): 0x%x\n",rs2_data); // @[Core.scala 221:9]
        end
    `ifdef PRINTF_COND
      end
    `endif
    `endif // SYNTHESIS
    `ifndef SYNTHESIS
    `ifdef PRINTF_COND
      if (`PRINTF_COND) begin
    `endif
        if (_T_3) begin
          $fwrite(32'h80000002,"dmem.addr  : %d\n",io_dmem_addr); // @[Core.scala 222:9]
        end
    `ifdef PRINTF_COND
      end
    `endif
    `endif // SYNTHESIS
    `ifndef SYNTHESIS
    `ifdef PRINTF_COND
      if (`PRINTF_COND) begin
    `endif
        if (_T_3) begin
          $fwrite(32'h80000002,"dmem.wen   : %d\n",io_dmem_wen); // @[Core.scala 223:9]
        end
    `ifdef PRINTF_COND
      end
    `endif
    `endif // SYNTHESIS
    `ifndef SYNTHESIS
    `ifdef PRINTF_COND
      if (`PRINTF_COND) begin
    `endif
        if (_T_3) begin
          $fwrite(32'h80000002,"dmem.wdata : 0x%x\n",io_dmem_wdata); // @[Core.scala 224:9]
        end
    `ifdef PRINTF_COND
      end
    `endif
    `endif // SYNTHESIS
    `ifndef SYNTHESIS
    `ifdef PRINTF_COND
      if (`PRINTF_COND) begin
    `endif
        if (_T_3) begin
          $fwrite(32'h80000002,"---------\n"); // @[Core.scala 225:9]
        end
    `ifdef PRINTF_COND
      end
    `endif
    `endif // SYNTHESIS
  end
// Register and memory initialization
`ifdef RANDOMIZE_GARBAGE_ASSIGN
`define RANDOMIZE
`endif
`ifdef RANDOMIZE_INVALID_ASSIGN
`define RANDOMIZE
`endif
`ifdef RANDOMIZE_REG_INIT
`define RANDOMIZE
`endif
`ifdef RANDOMIZE_MEM_INIT
`define RANDOMIZE
`endif
`ifndef RANDOM
`define RANDOM $random
`endif
`ifdef RANDOMIZE_MEM_INIT
  integer initvar;
`endif
`ifndef SYNTHESIS
`ifdef FIRRTL_BEFORE_INITIAL
`FIRRTL_BEFORE_INITIAL
`endif
initial begin
  `ifdef RANDOMIZE
    `ifdef INIT_RANDOM
      `INIT_RANDOM
    `endif
    `ifndef VERILATOR
      `ifdef RANDOMIZE_DELAY
        #`RANDOMIZE_DELAY begin end
      `else
        #0.002 begin end
      `endif
    `endif
`ifdef RANDOMIZE_MEM_INIT
  _RAND_0 = {1{`RANDOM}};
  for (initvar = 0; initvar < 32; initvar = initvar+1)
    regfile[initvar] = _RAND_0[31:0];
  _RAND_1 = {1{`RANDOM}};
  for (initvar = 0; initvar < 4096; initvar = initvar+1)
    csrfile[initvar] = _RAND_1[31:0];
`endif // RANDOMIZE_MEM_INIT
`ifdef RANDOMIZE_REG_INIT
  _RAND_2 = {1{`RANDOM}};
  pc_reg = _RAND_2[31:0];
`endif // RANDOMIZE_REG_INIT
  `endif // RANDOMIZE
end // initial
`ifdef FIRRTL_AFTER_INITIAL
`FIRRTL_AFTER_INITIAL
`endif
`endif // SYNTHESIS
endmodule